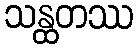
သန္ထတဿ